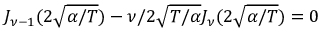
J _ { \nu - 1 } ( 2 \sqrt { \alpha / T } ) - \nu / 2 \sqrt { T / \alpha } J _ { \nu } ( 2 \sqrt { \alpha / T } ) = 0